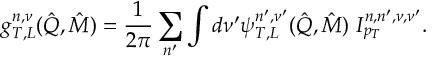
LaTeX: g _ { T , L } ^ { n , \nu } ( \hat { Q } , \hat { M } ) = \frac 1 { 2 \pi } \sum _ { n ^ { \prime } } \int d \nu ^ { \prime } \psi _ { T , L } ^ { n ^ { \prime } , \nu ^ { \prime } } ( \hat { Q } , \hat { M } ) \ { \cal I } _ { p _ { T } } ^ { n , n ^ { \prime } , \nu , \nu ^ { \prime } } .